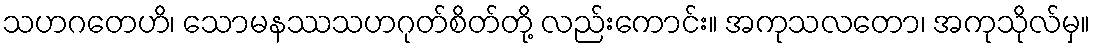
သဟဂတေဟိ၊ သောမနဿသဟဂုတ်စိတ်တို့ လည်းကောင်း။ အကုသလတော၊ အကုသိုလ်မှ။